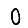
Digit: 0